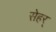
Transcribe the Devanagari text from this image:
सेहर्